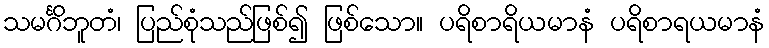
သမင်္ဂိဘူတံ၊ ပြည်စုံသည်ဖြစ်၍ ဖြစ်သော။ ပရိစာရိယမာနံ ပရိစာရယမာနံ